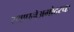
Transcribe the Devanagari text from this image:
स्थापनेअगोदरचा